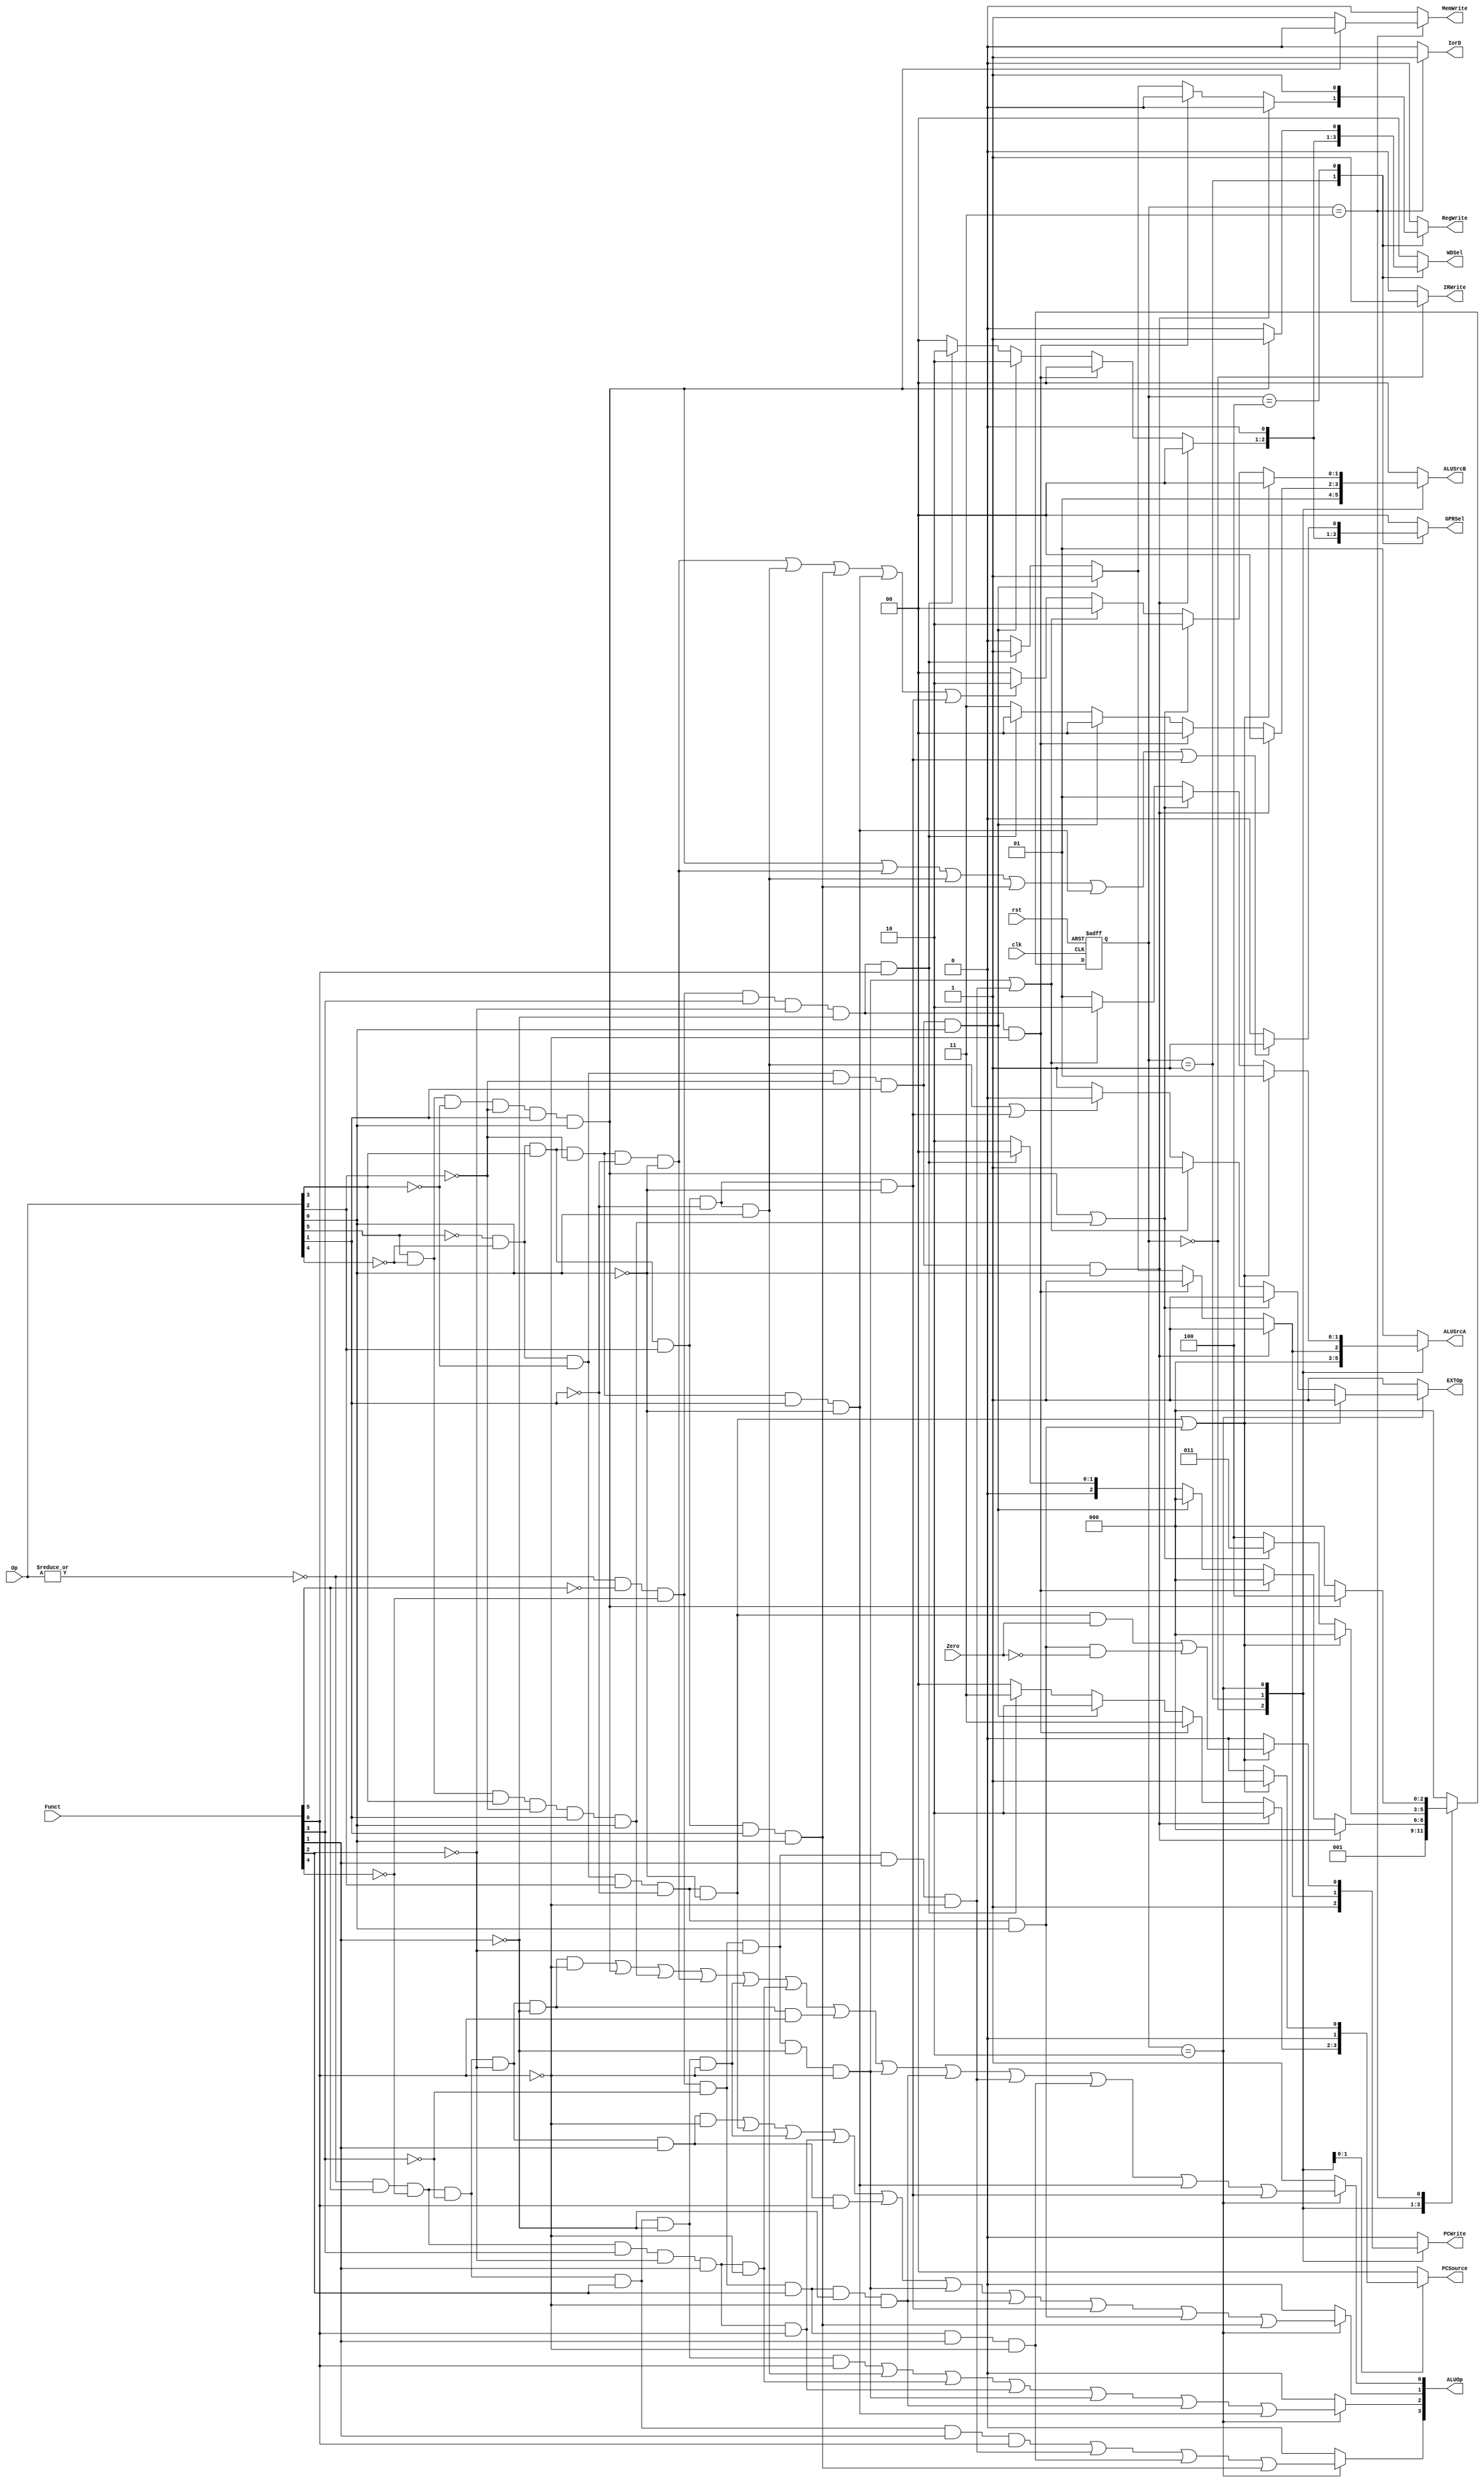
//`include "ctrl_encode_def.v"


module ctrl(clk, rst, Zero, Op, Funct,
            RegWrite, MemWrite, PCWrite, IRWrite,
            EXTOp, ALUOp, PCSource, ALUSrcA, ALUSrcB, 
            GPRSel, WDSel, IorD);
    
   input  clk, rst, Zero;
   input  [5:0] Op;       // opcode
   input  [5:0] Funct;    // funct
   output reg       RegWrite; // control signal for register write
   output reg       MemWrite; // control signal for memory write
   output reg       PCWrite;  // control signal for PC write
   output reg       IRWrite;  // control signal for IR write
   output reg       EXTOp;    // control signal to signed extension
   output reg [1:0] ALUSrcA;  // ALU source for A, 00 - PC, 01 - ReadData1, 10 - shift amount
   output reg [1:0] ALUSrcB;  // ALU source for B, 0 - ReadData2, 1 - 4, 2 - extended immediate, 3 - branch offset
   output reg [3:0] ALUOp;    // ALU opertion
   output reg [1:0] PCSource; // PC source, 0- ALU, 1-ALUOut, 2-JUMP address, 3-Register
   output reg [1:0] GPRSel;   // general purpose register selection
   output reg [1:0] WDSel;    // (register) write data selection
   output reg       IorD;     // 0-memory access for instruction, 1 - memory access for data
   
   // GPRSel_RD   2'b00
   // GPRSel_RT   2'b01
   // GPRSel_31   2'b10
  
   // WDSel_FromALU 2'b00
   // WDSel_FromMEM 2'b01
   // WDSel_FromPC  2'b10
  
   // ALU_NOP   3'b000
   // ALU_ADD   3'b001
   // ALU_SUB   3'b010
   // ALU_AND   3'b011
   // ALU_OR    3'b100
   // ALU_SLT   3'b101
   // ALU_SLTU  3'b110

   parameter  [2:0] sif  = 3'b000,                // IF  state
                    sid  = 3'b001,                // ID  state
                    sexe = 3'b010,                // EXE state
                    smem = 3'b011,                // MEM state
                    swb  = 3'b100;                // WB  state
  // r format
   wire rtype  = ~|Op;
   wire i_add  = rtype& Funct[5]&~Funct[4]&~Funct[3]&~Funct[2]&~Funct[1]&~Funct[0]; // add
   wire i_sub  = rtype& Funct[5]&~Funct[4]&~Funct[3]&~Funct[2]& Funct[1]&~Funct[0]; // sub
   wire i_and  = rtype& Funct[5]&~Funct[4]&~Funct[3]& Funct[2]&~Funct[1]&~Funct[0]; // and
   wire i_or   = rtype& Funct[5]&~Funct[4]&~Funct[3]& Funct[2]&~Funct[1]& Funct[0]; // or
   wire i_slt  = rtype& Funct[5]&~Funct[4]& Funct[3]&~Funct[2]& Funct[1]&~Funct[0]; // slt
   wire i_sltu = rtype& Funct[5]&~Funct[4]& Funct[3]&~Funct[2]& Funct[1]& Funct[0]; // sltu
   wire i_addu = rtype& Funct[5]&~Funct[4]&~Funct[3]&~Funct[2]&~Funct[1]& Funct[0]; // addu
   wire i_subu = rtype& Funct[5]&~Funct[4]&~Funct[3]&~Funct[2]& Funct[1]& Funct[0]; // subu

   // modified begin: 
   wire i_sll   = rtype&~Funct[5]&~Funct[4]&~Funct[3]&~Funct[2]&~Funct[1]&~Funct[0]; // sll funct:000000
   wire i_nor   = rtype& Funct[5]&~Funct[4]&~Funct[3]& Funct[2]& Funct[1]&Funct[0]; // nor funct:100111
   wire i_srl   = rtype&~Funct[5]&~Funct[4]&~Funct[3]&~Funct[2]& Funct[1]&~Funct[0]; // nor funct:000010
   wire i_sllv  = rtype&~Funct[5]&~Funct[4]&~Funct[3]& Funct[2]&~Funct[1]&~Funct[0]; // sllv funct:000100
   wire i_srlv  = rtype&~Funct[5]&~Funct[4]&~Funct[3]& Funct[2]& Funct[1]&~Funct[0]; // srlv funct:000110
   wire i_jr    = rtype&~Funct[5]&~Funct[4]& Funct[3]&~Funct[2]&~Funct[1]&~Funct[0]; // jr funct:001000
   wire i_jalr  = rtype&~Funct[5]&~Funct[4]& Funct[3]&~Funct[2]&~Funct[1]& Funct[0]; // jalr funct:001001
   // modified end

  // i format
   wire i_addi = ~Op[5]&~Op[4]& Op[3]&~Op[2]&~Op[1]&~Op[0]; // addi
   wire i_ori  = ~Op[5]&~Op[4]& Op[3]& Op[2]&~Op[1]& Op[0]; // ori
   wire i_lw   =  Op[5]&~Op[4]&~Op[3]&~Op[2]& Op[1]& Op[0]; // lw
   wire i_sw   =  Op[5]&~Op[4]& Op[3]&~Op[2]& Op[1]& Op[0]; // sw
   wire i_beq  = ~Op[5]&~Op[4]&~Op[3]& Op[2]&~Op[1]&~Op[0]; // beq

   // modified begin: 
   wire i_lui   = ~Op[5]&~Op[4]& Op[3]& Op[2]& Op[1]& Op[0]; // lui op: 001111 
   wire i_slti  = ~Op[5]&~Op[4]& Op[3]&~Op[2]& Op[1]&~Op[0]; // slti op: 001010 1
   wire i_bne   = ~Op[5]&~Op[4]&~Op[3]& Op[2]&~Op[1]& Op[0]; // bne op: 000101 
   wire i_andi  = ~Op[5]&~Op[4]& Op[3]& Op[2]&~Op[1]&~Op[0]; // slti op: 001100 
   // modified end

  // j format
   wire i_j    = ~Op[5]&~Op[4]&~Op[3]&~Op[2]& Op[1]&~Op[0];  // j
   wire i_jal  = ~Op[5]&~Op[4]&~Op[3]&~Op[2]& Op[1]& Op[0];  // jal

  /*************************************************/
  /******               FSM                   ******/
   reg [2:0] nextstate;
   reg [2:0] state;
   
   always @(posedge clk or posedge rst) begin
     if ( rst )
       state <= sif;
     else
       state <= nextstate;
   end // end always

  /*************************************************/
  /******         Control Signal              ******/
   always @(*) begin
     // 
     RegWrite = 0;
     MemWrite = 0;
     PCWrite  = 0;
     IRWrite  = 0;
     EXTOp    = 1;           // signed extension
     ALUSrcA  = 1;           // 1 - ReadData1
     ALUSrcB  = 2'b00;       // 0 - ReadData2
     ALUOp    = 4'b0001;     // ALU_ADD       4'b001
     GPRSel   = 2'b00;       // GPRSel_RD     2'b00
     WDSel    = 2'b00;       // WDSel_FromALU 2'b00
     PCSource = 2'b00;       // PC + 4 (ALU)
     IorD     = 0;           // 0-memory access for instruction

     case (state)
        // 
         sif: begin
           PCWrite = 1;          // PC
           IRWrite = 1;          //  
           ALUSrcA = 2'b00;      // PC
           ALUSrcB = 2'b01;      // 4
           nextstate = sid;      // 
         end
         
         // 
         sid: begin
           if (i_j) begin
             PCSource = 2'b10; // JUMP address
             PCWrite = 1;      // PC
             nextstate = sif;  // j
           end else if (i_jr) begin
             PCSource = 2'b11; // register address
             PCWrite = 1;
             nextstate = sif;
           end else if (i_jal) begin
             PCSource = 2'b10; // JUMP address
             PCWrite = 1;      // PC
             RegWrite = 1;     // 
             WDSel = 2'b10;    // WDSel_FromPC  2'b10 
             GPRSel = 2'b10;   // GPRSel_31     2'b10
             nextstate = sif;

           end else if (i_jalr) begin
             PCSource = 2'b11; // register address
             PCWrite = 1;
             RegWrite = 1;     // 
             WDSel = 2'b10;    // WDSel_FromPC  2'b10 
             GPRSel = 2'b10;   // GPRSel_31     2'b10
             nextstate = sif;
           end else begin
             ALUSrcA = 2'b00;   // PC
             ALUSrcB = 2'b11;   // branch offset
             nextstate = sexe;
           end
         end
         
         sexe: begin
           ALUOp[0] = i_add | i_lw  | i_sw  | i_addi | i_and | i_slt | i_addu | i_sll | i_sllv| i_srl | i_srlv | i_slti | i_andi;
           ALUOp[1] = i_sub | i_beq | i_and | i_sltu | i_subu| i_sll | i_sllv | i_andi| i_bne | i_lui;
           ALUOp[2] = i_or  | i_ori | i_slt | i_sltu | i_sll | i_sllv| i_slti;
           ALUOp[3] = i_nor | i_srl | i_srlv| i_lui;
           if (i_beq | i_bne) begin
             PCSource = 2'b01; // ALUout, branch address
             PCWrite = (i_beq & Zero) | (i_bne & ~Zero);
             nextstate = sif;
           end else if (i_lw | i_sw) begin
             ALUSrcB = 2'b10; // select offset
             nextstate = smem;
           end else if (i_sll | i_srl) begin
             ALUSrcA = 2'b10; // select shift amount
             nextstate = swb;
           end else begin
             if (i_addi | i_ori | i_lui | i_slti | i_andi)
               ALUSrcB = 2'b10; // select immediate
             if (i_ori | i_andi)
               EXTOp = 0; // zero extension
             nextstate = swb;
           end
         end
        // 
         smem: begin
           IorD = 1;  // memory address  = ALUout
           if (i_lw) begin
             nextstate = swb;
           end else begin  // i_sw
             MemWrite = 1;
             nextstate = sif;
           end
         end
        // 
         swb: begin
           if (i_lw)
             WDSel = 2'b01;     // WDSel_FromMEM 2'b01
           if (i_lw | i_addi | i_ori | i_lui | i_slti | i_andi) begin
             GPRSel = 2'b01;    // GPRSel_RT     2'b01
           end
           RegWrite = 1;
           nextstate = sif;
         end

         default: begin
           nextstate = sif;
         end
      
     endcase
   end // end always
   
endmodule